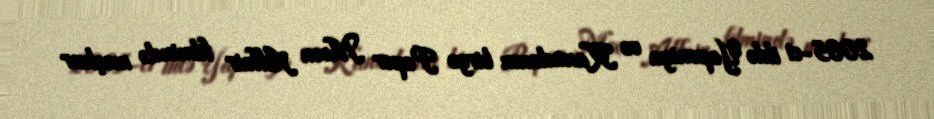
2005-ci ildə Yaponiya və Kanadanın birgə Paper Moon Affair filmində məşhur